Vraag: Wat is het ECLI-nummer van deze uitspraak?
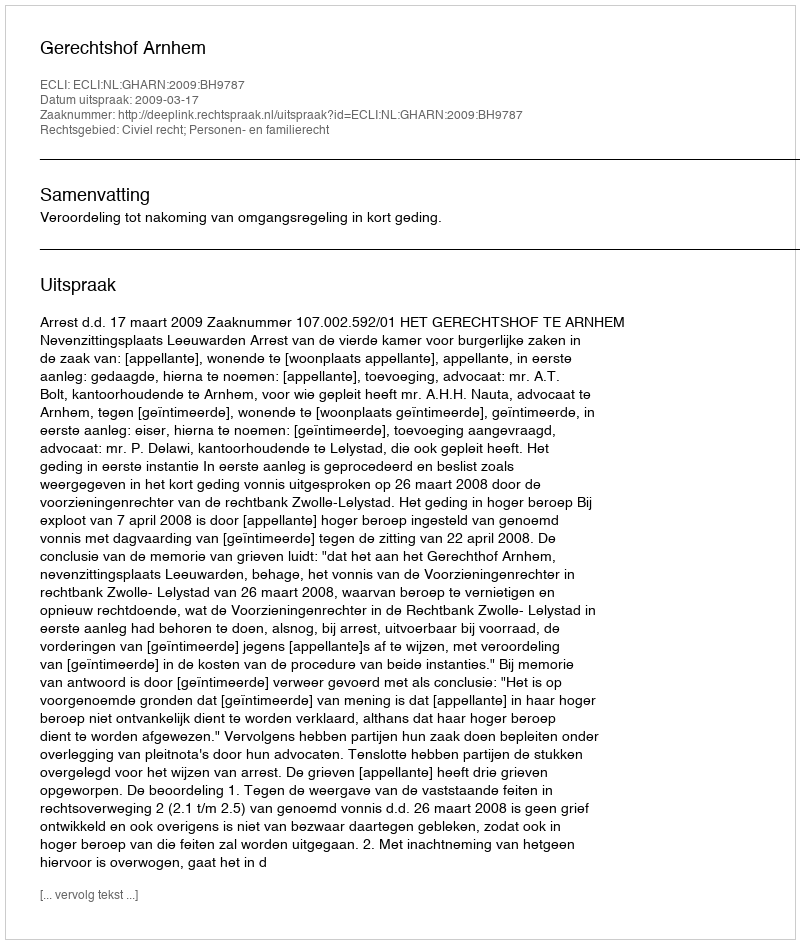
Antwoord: ECLI:NL:GHARN:2009:BH9787